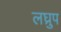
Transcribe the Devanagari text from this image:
लघ्रुप